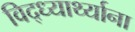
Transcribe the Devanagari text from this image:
विद्ध्यार्थ्याना